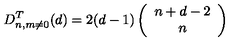
D _ { n , m \neq 0 } ^ { T } ( d ) = 2 ( d - 1 ) \left( \begin{array} { c } { n + d - 2 } \\ { n } \\ \end{array} \right)